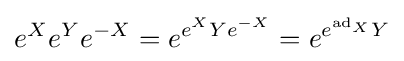
e^{X}e^{Y}e^{-X}=e^{e^{X}Ye^{-X}}=e^{e^{{\text{ad}}_{X}}Y}